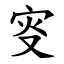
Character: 叜